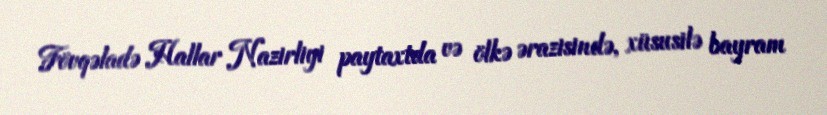
Fövqəladə Hallar Nazirliyi paytaxtda və ölkə ərazisində, xüsusilə bayram